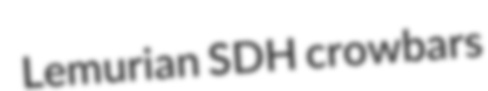
Lemurian SDH crowbars